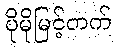
ပိုမိုမြင့်တက်